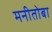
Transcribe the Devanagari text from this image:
मनीतोबा